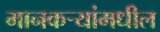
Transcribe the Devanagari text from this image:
मानकर्‍यांमधील